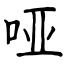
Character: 哑